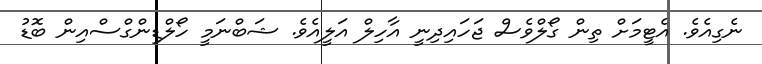
ނެގިއެވެ. އެޓީމަށް ތިން ގޯލްވެސް ޖަހައިދިނީ އާހިލް އަލީއެވެ. ޝަބްނަމީ ހޯލްޑިންގްސްއިން ބޮޑު